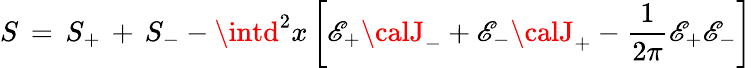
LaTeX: S\, =\, S_{+}\, +\, S_{-}-\intd^{2}x\left[\mathscr{E}_{+}{\calJ}_{-}+\mathscr{E}_{-}{\calJ}_{+}-{\frac{{1}}{{2\pi}}}\mathscr{E}_{+}\mathscr{E}_{-}\right]